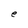
Character: e